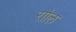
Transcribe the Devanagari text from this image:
राोल